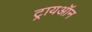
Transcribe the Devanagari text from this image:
ट्रायऑन